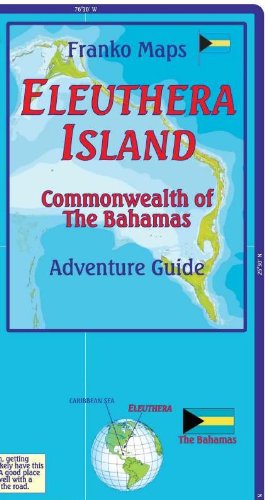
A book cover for Eleuthera Island Bahamas Dive & Adventure Map Franko Maps; Franko Maps Ltd.; Travel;